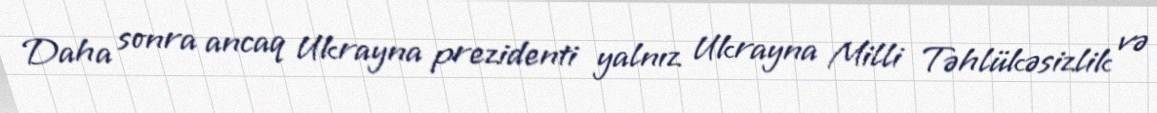
Daha sonra ancaq Ukrayna prezidenti yalnız Ukrayna Milli Təhlükəsizlik və